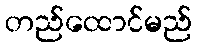
တည်ထောင်မည်